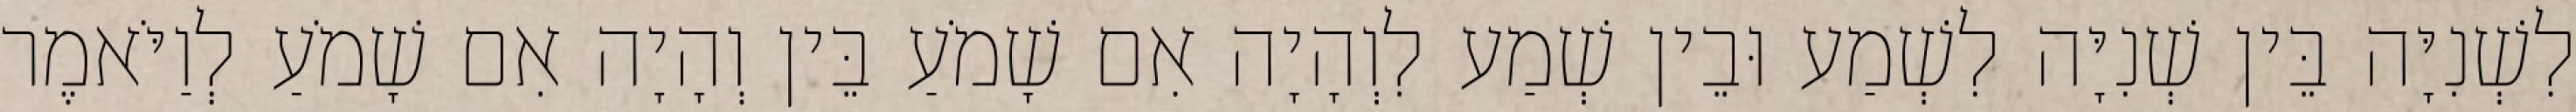
לִשְׁנִיָּה בֵּין שְׁנִיָּה לִשְׁמַע וּבֵין שְׁמַע לִוְהָיָה אִם שָׁמֹעַ בֵּין וְהָיָה אִם שָׁמֹעַ לְוַיֹּאמֶר